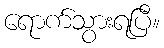
ရောက်သွားရပြီ။